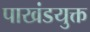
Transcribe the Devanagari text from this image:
पाखंडयुक्त